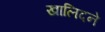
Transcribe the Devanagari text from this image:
खालिदने